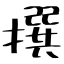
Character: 撰